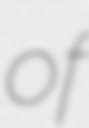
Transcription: of